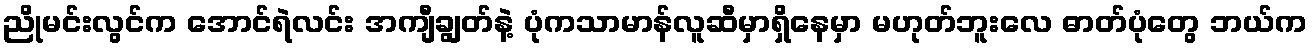
ညိုမင်းလွင်က အောင်ရဲလင်း အကျီချွတ်နဲ့ ပုံကသာမာန်လူဆီမှာရှိနေမှာ မဟုတ်ဘူးလေ ဓာတ်ပုံတွေ ဘယ်က